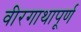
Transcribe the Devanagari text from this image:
वीरगाथापूर्ण